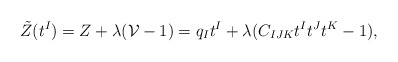
\begin{align*}\tilde Z (t^I) = Z +\lambda ( {\cal V}-1) = q_It^I+\lambda(C_{IJK}t^It^Jt^K-1),\end{align*}